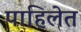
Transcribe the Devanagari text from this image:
पाहिलेत